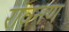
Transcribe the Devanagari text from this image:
रावनण